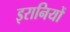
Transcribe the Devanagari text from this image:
इरानियों